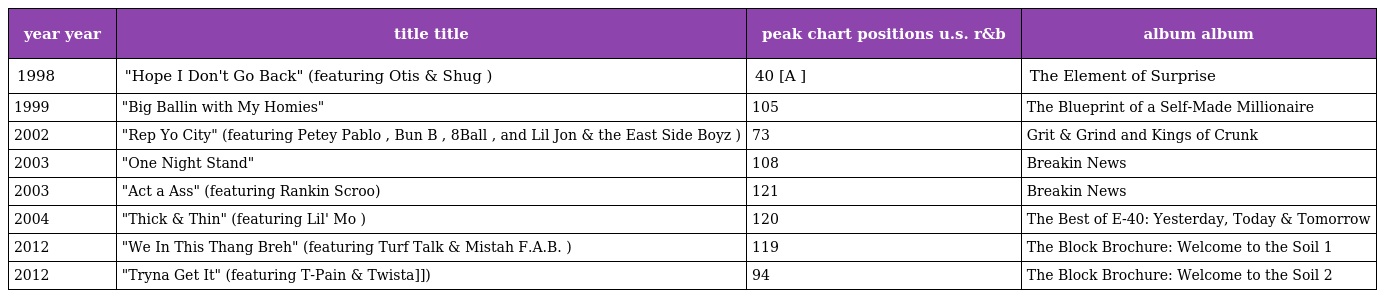
| year year | title title | peak chart positions u.s. r&b | album album |
 | --- | --- | --- | --- |
 | 1998 | "Hope I Don't Go Back" (featuring Otis & Shug ) | 40 [A ] | The Element of Surprise |
 | 1999 | "Big Ballin with My Homies" | 105 | The Blueprint of a Self-Made Millionaire |
 | 2002 | "Rep Yo City" (featuring Petey Pablo , Bun B , 8Ball , and Lil Jon & the East Side Boyz ) | 73 | Grit & Grind and Kings of Crunk |
 | 2003 | "One Night Stand" | 108 | Breakin News |
 | 2003 | "Act a Ass" (featuring Rankin Scroo) | 121 | Breakin News |
 | 2004 | "Thick & Thin" (featuring Lil' Mo ) | 120 | The Best of E-40: Yesterday, Today & Tomorrow |
 | 2012 | "We In This Thang Breh" (featuring Turf Talk & Mistah F.A.B. ) | 119 | The Block Brochure: Welcome to the Soil 1 |
 | 2012 | "Tryna Get It" (featuring T-Pain & Twista]]) | 94 | The Block Brochure: Welcome to the Soil 2 |